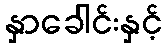
နှာခေါင်းနှင့်